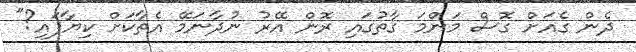
ދެން ގެއަށް ގޮސް މަންމަ ގާތުގައި ރޮން އޭރު ނުދާނަމޭ އެތާކަށް ކިޔާފައި?"